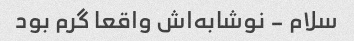
سلام - نوشابه‌اش واقعا گرم بود